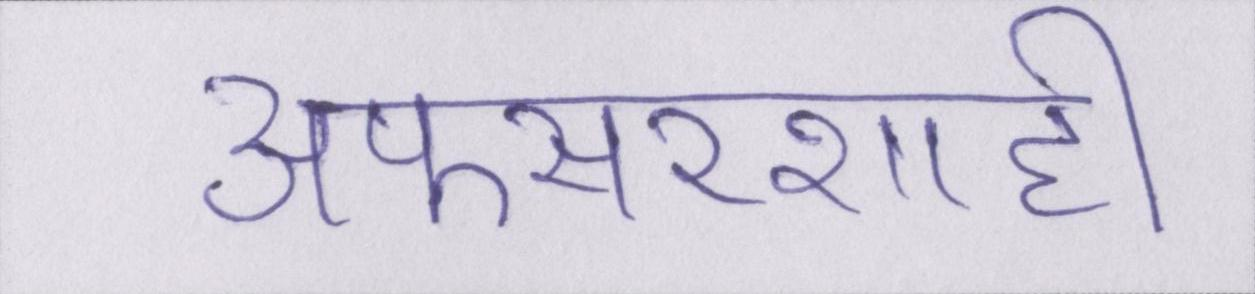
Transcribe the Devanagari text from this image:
अफसरशाही